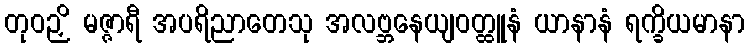
တုဝဉှိ မဇ္ဇာရီ အပရိညာတေသု အလဗ္ဘနေယျဝတ္ထူနံ ယာနာနံ ရက္ခိယမာနာ